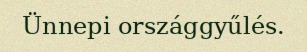
Ünnepi országgyűlés.